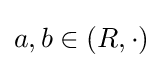
a,b\in (R,\cdot )